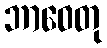
ဘာဝေတု